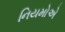
નિયમોએ